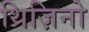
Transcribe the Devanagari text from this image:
थ्रिज़िनो